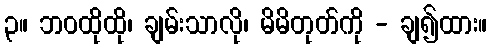
၃။ ဘဝထိုထို၊ ချမ်းသာလို၊ မိမိတုတ်ကို - ချ၍ထား။